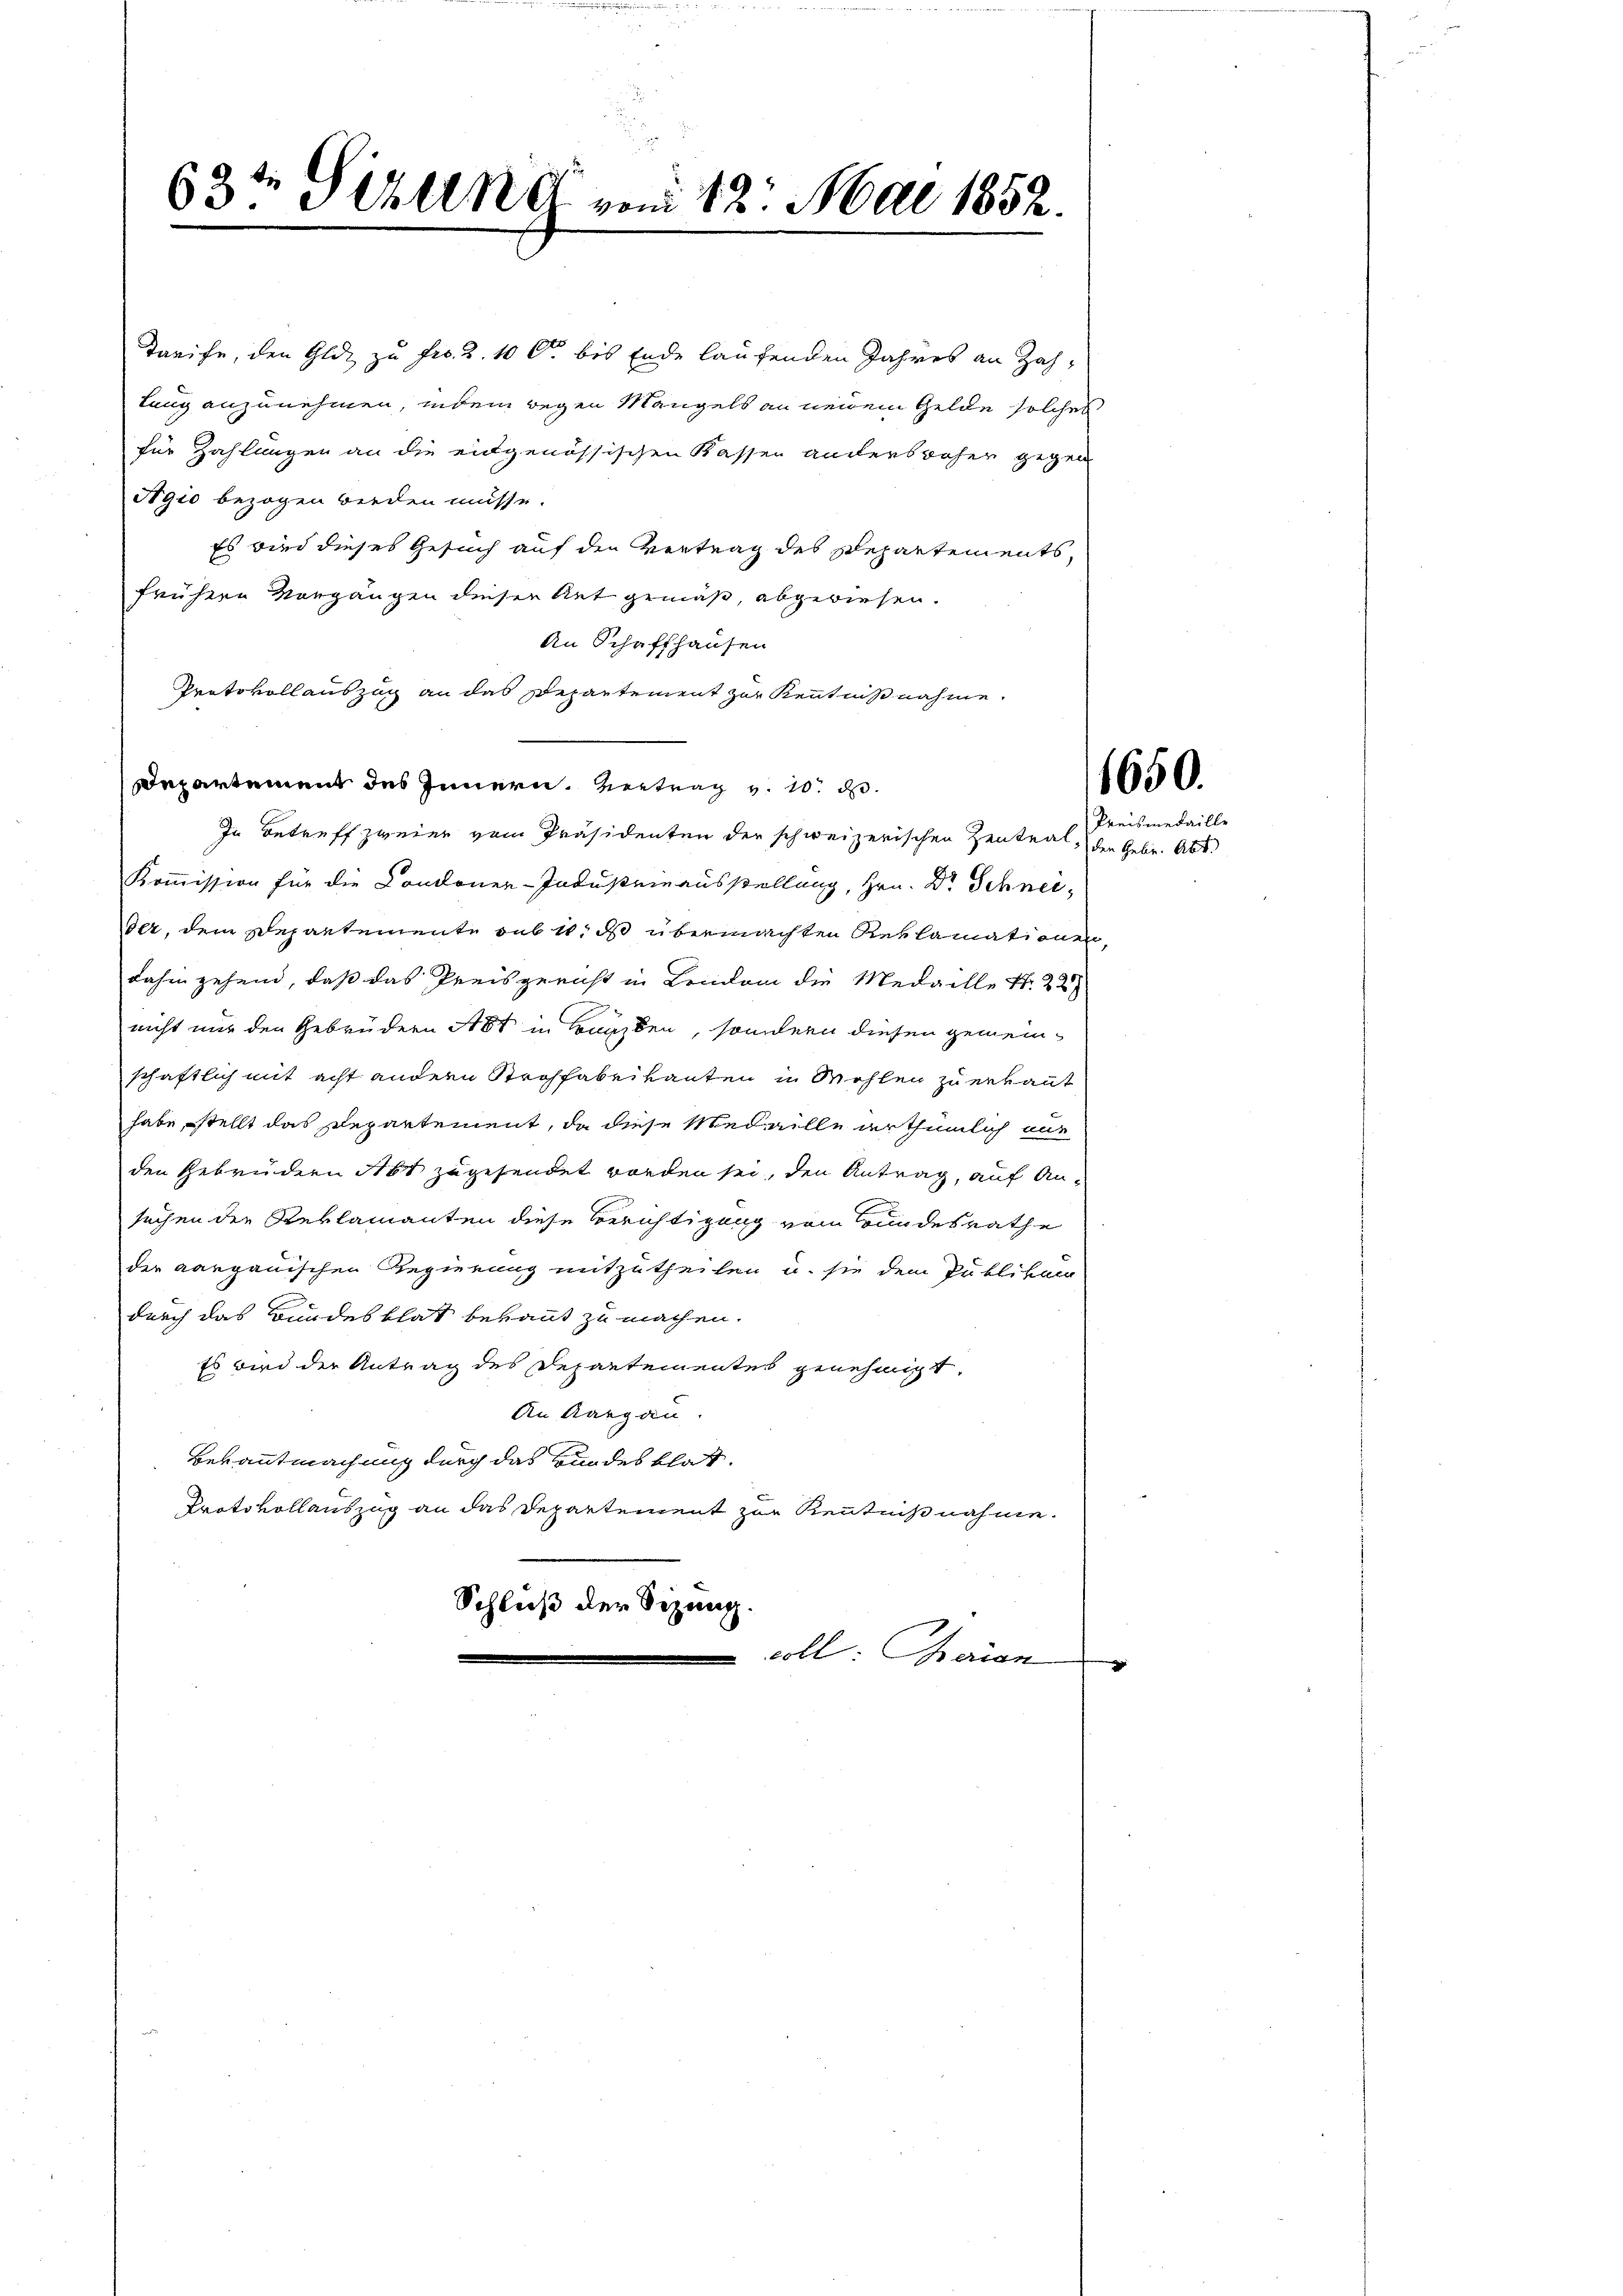
Tarife, den Gldz zu Fro. 2. 100. bis Ende laufenden Jahres an Zahlung anzunehmen, indem wegen Mangels an neuen Gelde solches
für Zahlungen an die eidgenössischen Kassen anderbrahen gegen
Agio bezogen werden müsse.
Es wird dieses Gesuch auf den Vertrag des Repartements,
frühere Vorgängen dieser Ant gemäß, abgewiesen.
An Schaffhausen
Protokoll auszug an das Departement zur Kenntnißnahme.
Departement des Innern Vertrag v. 10. d.
In Betreff zweier vom Präsidenten der schweizerischen Zentnal, den Gebr. Abt.
Kommission für die Condoner-Industeinausstellung, Hrn. Dr Schneider, dem Departemente sub 10. ds übermachten Reklamationen,
dahingehend, daß das Preisgericht in Lindam die Medaille Nr. 227
nicht nur den Gebrüdern Abt in Bauben, sondern diesen gemeinschaftlich mit acht andern Strohfabrikanten in Wohlen zu erkannt
habe, stellt das Departement, da diese Medaille erthümlich mit
den Gebrüdern Abt zugesendet worden sei, den Antrag, auf Ansuchen die Reklamanten diese Berichtigung vom Bundesrathe
der aargauischen Regierung mitzutheilen u. sie dem Publikan
durch das Bundesblat bekannt zu machen.
Es wird der Antrag des Departementes genehmigt,
An Aargau.
Bekanntmachung durch das Bundes blat¬
Protokollauszug an das Departement zur Kenntnißnahme.
Schluß der Sizung.
voll: Baron
x

63te Sitten vom 12. Mai 1852.

1650.
Preismedaille